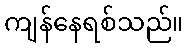
ကျန်နေရစ်သည်။